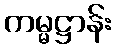
ကမ္မဋ္ဌာန်း